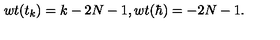
w t ( t _ { k } ) = k - 2 N - 1 , w t ( \hbar ) = - 2 N - 1 .